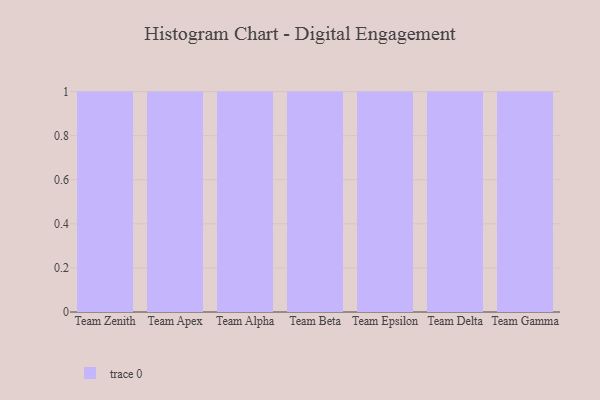
{"axis": {"x": "Team", "y": "Market Share (%)"}, "legend": [""], "data": [{"x": "Team Zenith", "y": 66, "type": ""}, {"x": "Team Apex", "y": 74, "type": ""}, {"x": "Team Alpha", "y": 55, "type": ""}, {"x": "Team Beta", "y": 63, "type": ""}, {"x": "Team Epsilon", "y": 39, "type": ""}, {"x": "Team Delta", "y": 50, "type": ""}, {"x": "Team Gamma", "y": 98, "type": ""}]}